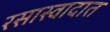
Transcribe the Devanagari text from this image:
रसास्वादात